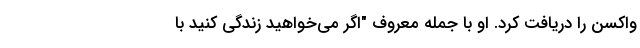
واکسن را دریافت کرد. او با جمله معروف "اگر می‌خواهید زندگی کنید با